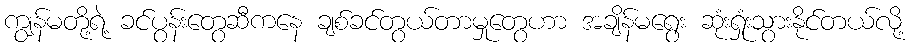
ကျွန်မတို့ရဲ့ ခင်ပွန်းတွေဆီကနေ ချစ်ခင်တွယ်တာမှုတွေဟာ အချိန်မရွေး ဆုံးရှုံးသွားနိုင်တယ်လို့